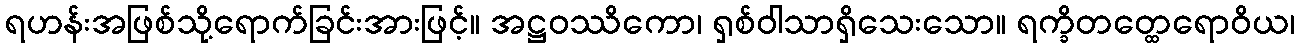
ရဟန်းအဖြစ်သို့ရောက်ခြင်းအားဖြင့်။ အဋ္ဌဝဿိကော၊ ရှစ်ဝါသာရှိသေးသော။ ရက္ခိတတ္ထေရောဝိယ၊